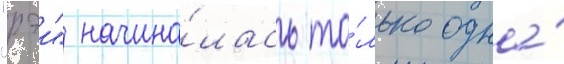
"рэи" начина́лась то́лько одна́